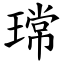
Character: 瑺